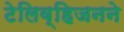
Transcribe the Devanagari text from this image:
टेलिव्हिजनने